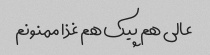
عالی هم پیک هم غذا ممنونم